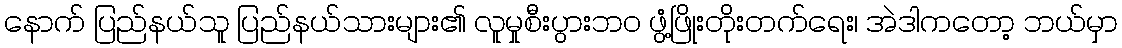
နောက် ပြည်နယ်သူ ပြည်နယ်သားများ၏ လူမှုစီးပွားဘဝ ဖွံ့ဖြိုးတိုးတက်ရေး၊ အဲဒါကတော့ ဘယ်မှာ